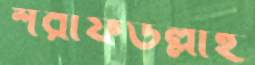
শরীফউল্লাহ